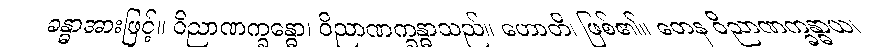
ခန္ဓာအားဖြင့်။ ဝိညာဏက္ခန္ဓော၊ ဝိညာဏက္ခန္ဓာသည်။ ဟောတိ၊ ဖြစ်၏။ တေန ဝိညာဏက္ခန္ဓာယ၊